Lock hospitals Punjab
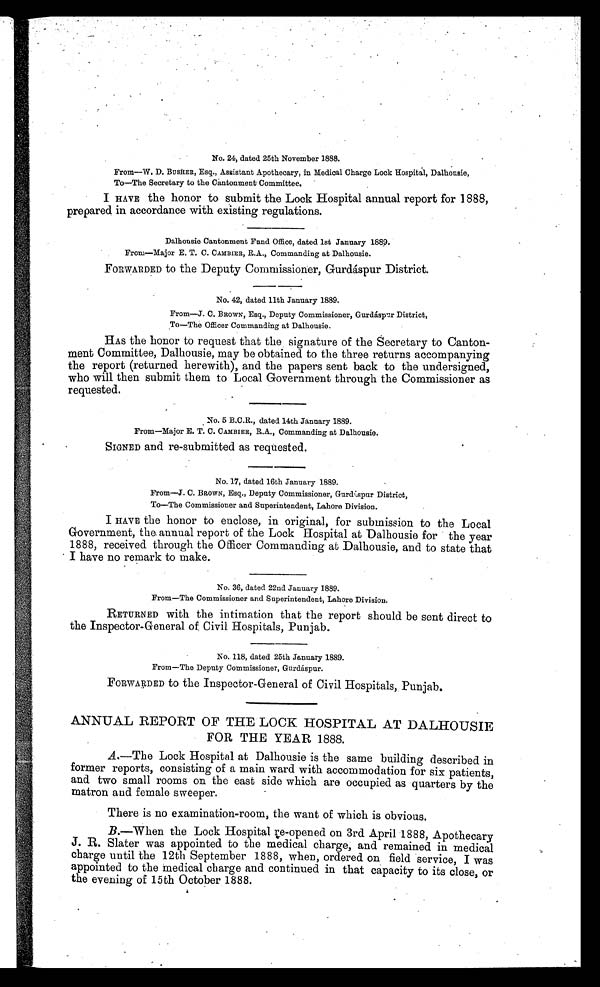
No. 24, dated 25th November 1888.
From—W. D. BUSHER, Esq., Assistant Apothecary, in Medical Charge Lock Hospital, Dalhousie,
To—The Secretary to the Cantonment Committee.
I HAVE the honor to submit the Lock Hospital annual report for 1888,
prepared in accordance with existing regulations.
Dalhousie Cantonment Fund Office, dated 1st January 1889.
From—Major E. T. C. CAMBIER, R.A., Commanding at Dalhousie.
FORWARDED to the Deputy Commissioner, Gurdáspur District.
No. 42, dated 11th January 1889.
From—J. C. BROWN, Esq., Deputy Commissioner, Gurdáspur District,
To—The Officer Commanding at Dalhousie.
HAS the honor to request that the signature of the Secretary to Canton-
ment Committee, Dalhousie, may be obtained to the three returns accompanying
the report (returned herewith), and the papers sent back to the undersigned,
who will then submit them to Local Government through the Commissioner as
requested.
No. 5 B.C.R., dated 14th January 1889.
From—Major E. T. C. CAMBIER, R.A., Commanding at Dalhousie.
SIGNED and re-submitted as requested.
No. 17, dated 16th January 1889.
From—J. C. BROWN, Esq., Deputy Commissioner, Gurdáspur District,
To—The Commissioner and Superintendent, Lahore Division.
I HAVE the honor to enclose, in original, for submission to the Local
Government, the annual report of the Lock Hospital at Dalhousie for the year
1888, received through the Officer Commanding at Dalhousie, and to state that
I have no remark to make.
No. 36, dated 22nd January 1889.
From—The Commissioner and Superintendent, Lahore Division.
RETURNED with the intimation that the report should be sent direct to
the Inspector-General of Civil Hospitals, Punjab.
No. 118, dated 25th January 1889.
From—The Deputy Commissioner, Gurdáspur.
FORWARDED to the Inspector-General of Civil Hospitals, Punjab.
ANNUAL REPORT OF THE LOCK HOSPITAL AT DALHOUSIE
FOR THE YEAR 1888.
A.—The Lock Hospital at Dalhousie is the same building described in
former reports, consisting of a main ward with accommodation for six patients,
and two small rooms on the east side which are occupied as quarters by the
matron and female sweeper.
There is no examination-room, the want of which is obvious.
B.—When the Lock Hospital re-opened on 3rd April 1888, Apothecary
J. R. Slater was appointed to the medical charge, and remained in medical
charge until the 12th September 1888, when, ordered on field service, I was
appointed to the medical charge and continued in that capacity to its close, or
the evening of 15th October 1888.